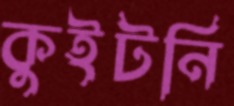
কুইটনি